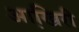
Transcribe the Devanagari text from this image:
आखि़री